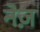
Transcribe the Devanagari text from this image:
नेज़